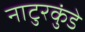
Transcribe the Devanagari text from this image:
नाटुरकुंडे